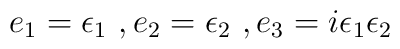
e_1={\epsilon}_1~ , e_2={\epsilon}_2~ , e_3=i{\epsilon}_1{\epsilon}_2